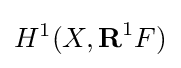
H^{1}(X,{\textbf {R}}^{1}F)